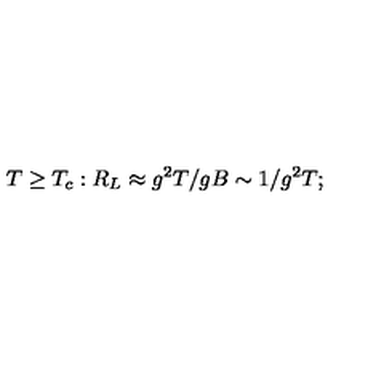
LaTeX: T \geq T _ { c } : R _ { L } \approx g ^ { 2 } T / g B \sim 1 / g ^ { 2 } T ;